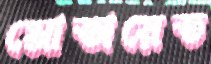
মোতায়েত